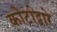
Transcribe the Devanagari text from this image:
कोर्टाद्वारे